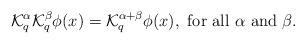
LaTeX: \begin{align*}\mathcal{K}_q^{\alpha} \mathcal{K}_q^{\beta} \phi(x)= \mathcal{K}_q^{\alpha+\beta} \phi(x), \mbox { for all } \alpha \mbox { and } \beta.\end{align*}